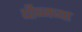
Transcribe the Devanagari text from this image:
थीब्जच्या